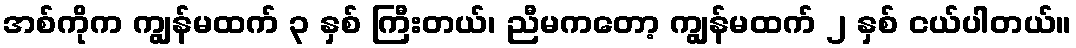
အစ်ကိုက ကျွန်မထက် ၃ နှစ် ကြီးတယ်၊ ညီမကတော့ ကျွန်မထက် ၂ နှစ် ငယ်ပါတယ်။